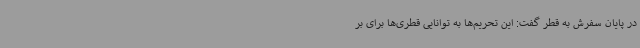
در پایان سفرش به قطر گفت: این تحریم‌ها به توانایی قطری‌ها برای بر